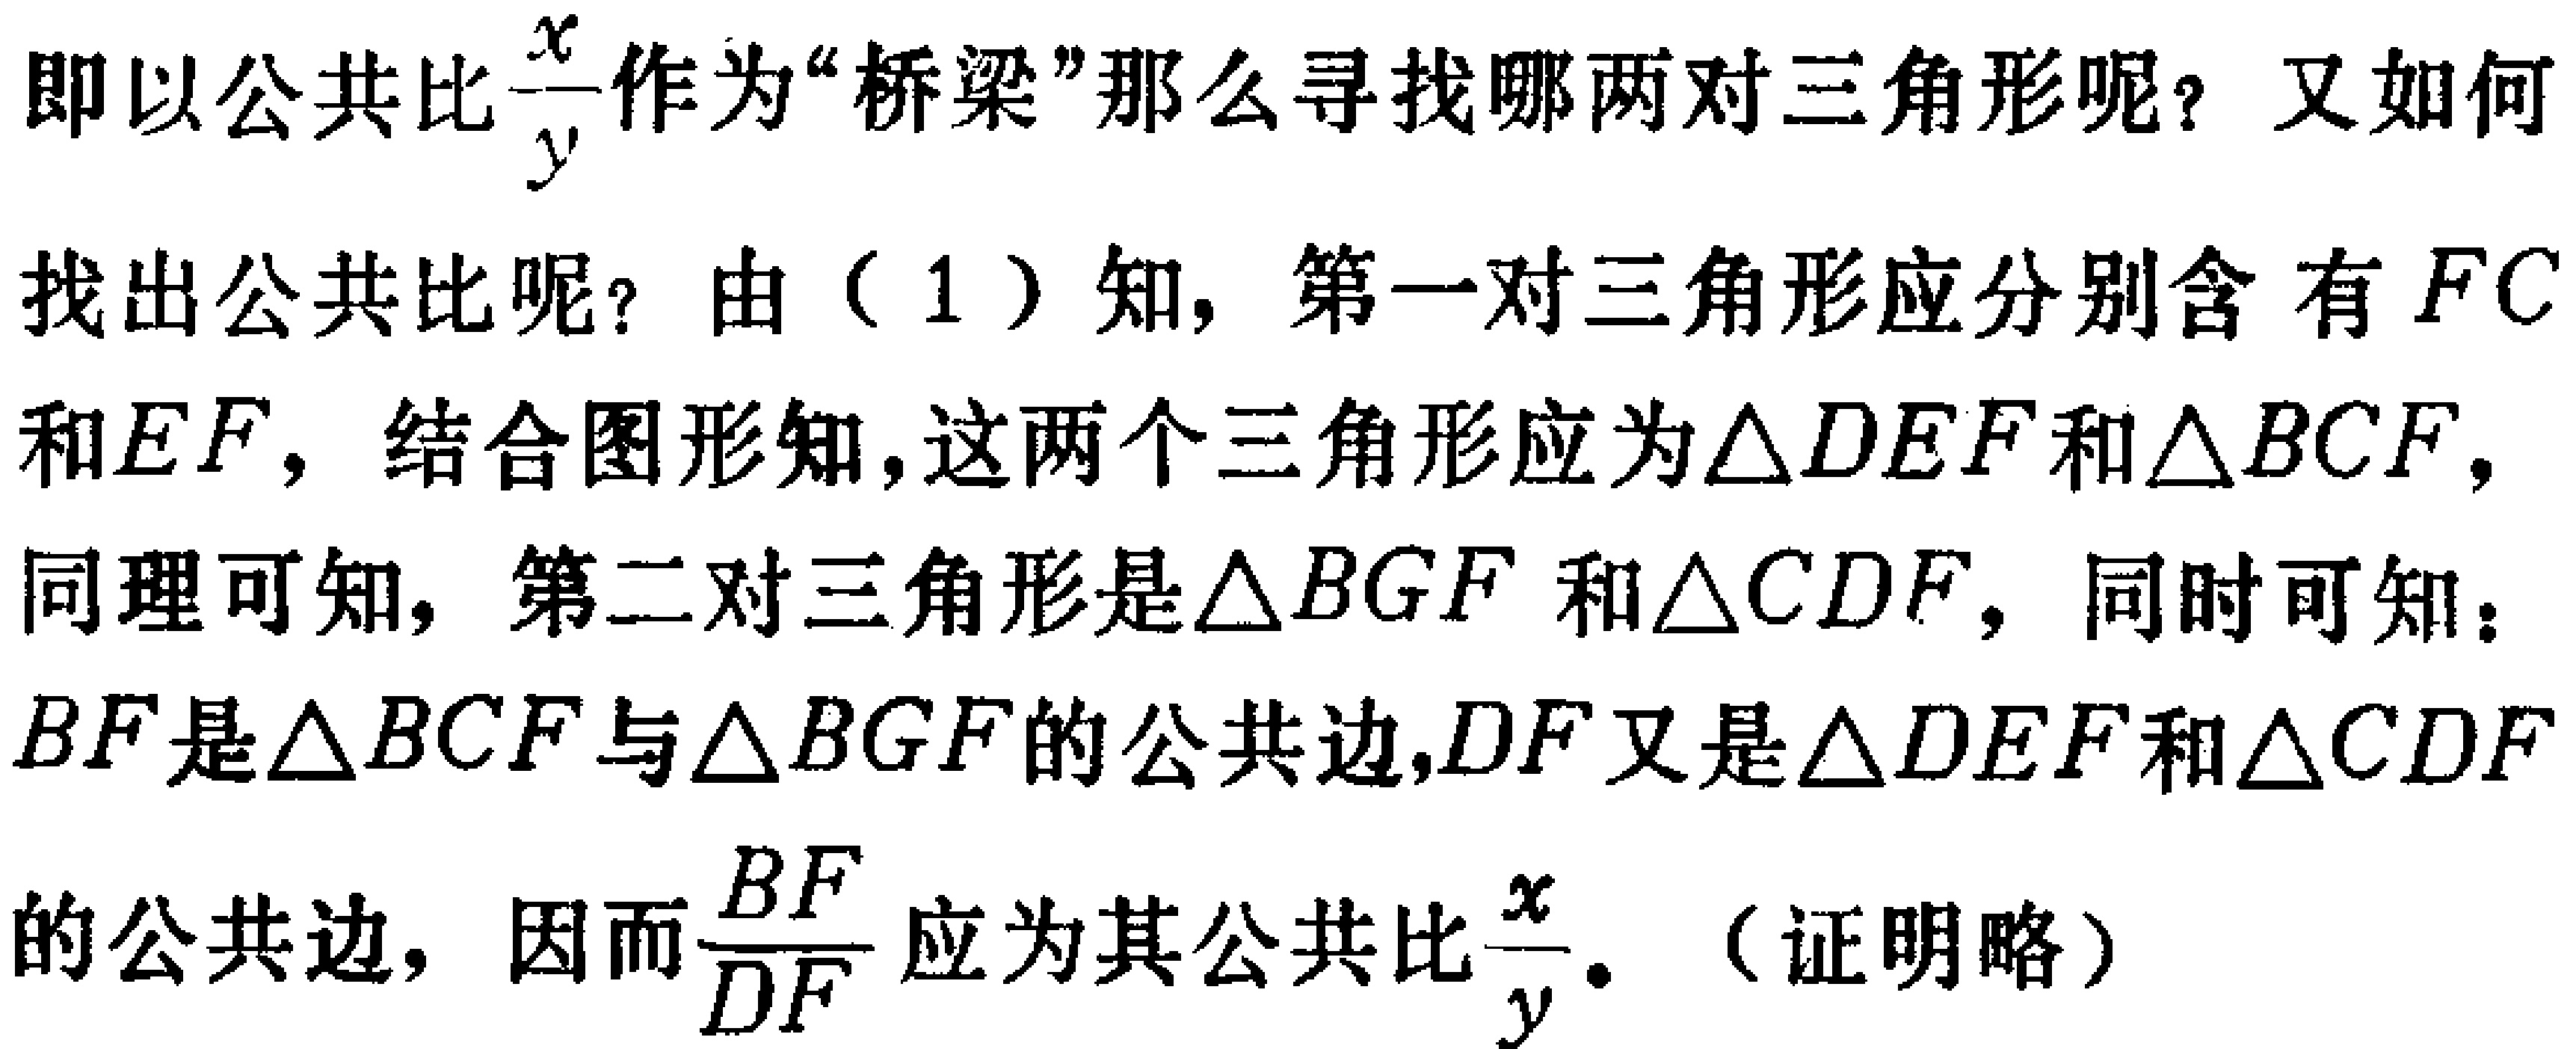
即以公共比$\frac{x}{y}$作为“桥梁”那么寻找哪两对三角形呢？又如何找出公共比呢？由（1）知，第一对三角形应分别含有$FC$和$EF$，结合图形知，这两个三角形应为$\triangle DEF$和$\triangle BCF$，同理可知，第二对三角形是$\triangle BGF$和$\triangle CDF$，同时可知：$BF$是$\triangle BCF$与$\triangle BGF$的公共边，$DF$又是$\triangle DEF$和$\triangle CDF$的公共边，因而$\frac{BF}{DF}$应为其公共比$\frac{x}{y}$。（证明略）